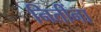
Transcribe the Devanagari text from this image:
नितींना